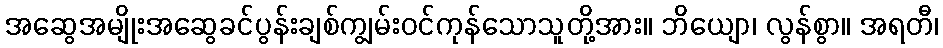
အဆွေအမျိုးအဆွေခင်ပွန်းချစ်ကျွမ်းဝင်ကုန်သောသူတို့အား။ ဘိယျော၊ လွန်စွာ။ အရတီ၊